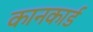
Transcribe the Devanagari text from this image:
कानकार्ड